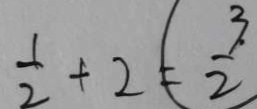
\frac { 1 } { 2 } + 2 = \frac { 3 } { 2 }